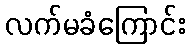
လက်မခံကြောင်း